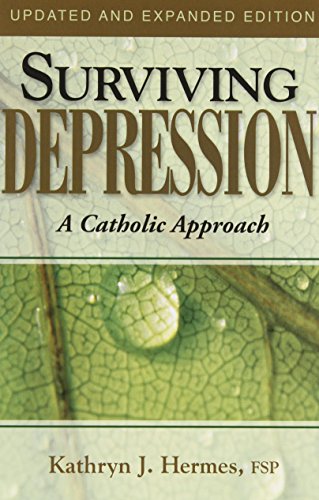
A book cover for Surviving Depression: A Catholic Approach; Kathryn J. Hermes; Christian Books & Bibles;